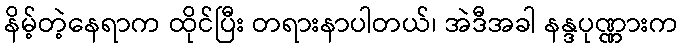
နိမ့်တဲ့နေရာက ထိုင်ပြီး တရားနာပါတယ်၊ အဲဒီအခါ နန္ဒပုဏ္ဏားက